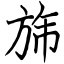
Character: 旆